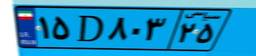
۵۳D۰۱۵۱۰